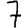
Digit: 7